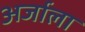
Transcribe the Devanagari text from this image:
अर्जाला